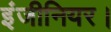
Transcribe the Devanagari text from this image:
इंजीनियर।